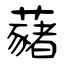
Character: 藸